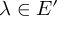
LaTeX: \lambda \in E ^ { \prime }